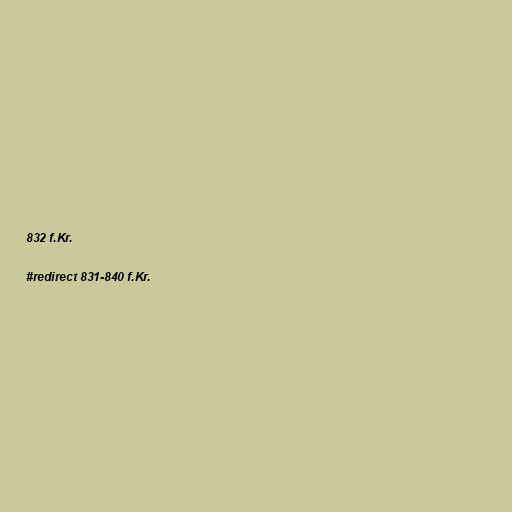
832 f.Kr.

#redirect 831-840 f.Kr.